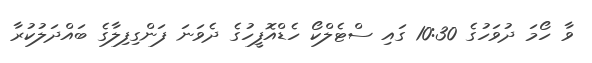
ވާ ހޯމަ ދުވަހުގެ 10:30 ގައި ސްޓެލްކޯ ހެޑްއޮފީހުގެ ދެވަނަ ފަންގިފިލާގެ ބައްދަލުކުރާ